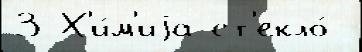
3 Х'и́м'иjа ст'екло́